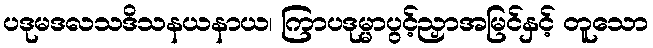
ပဒုမဒလသဒိသနယနာယ၊ ကြာပဒုမ္မာပွင့်ညှာအမြင်နှင့် တူသော